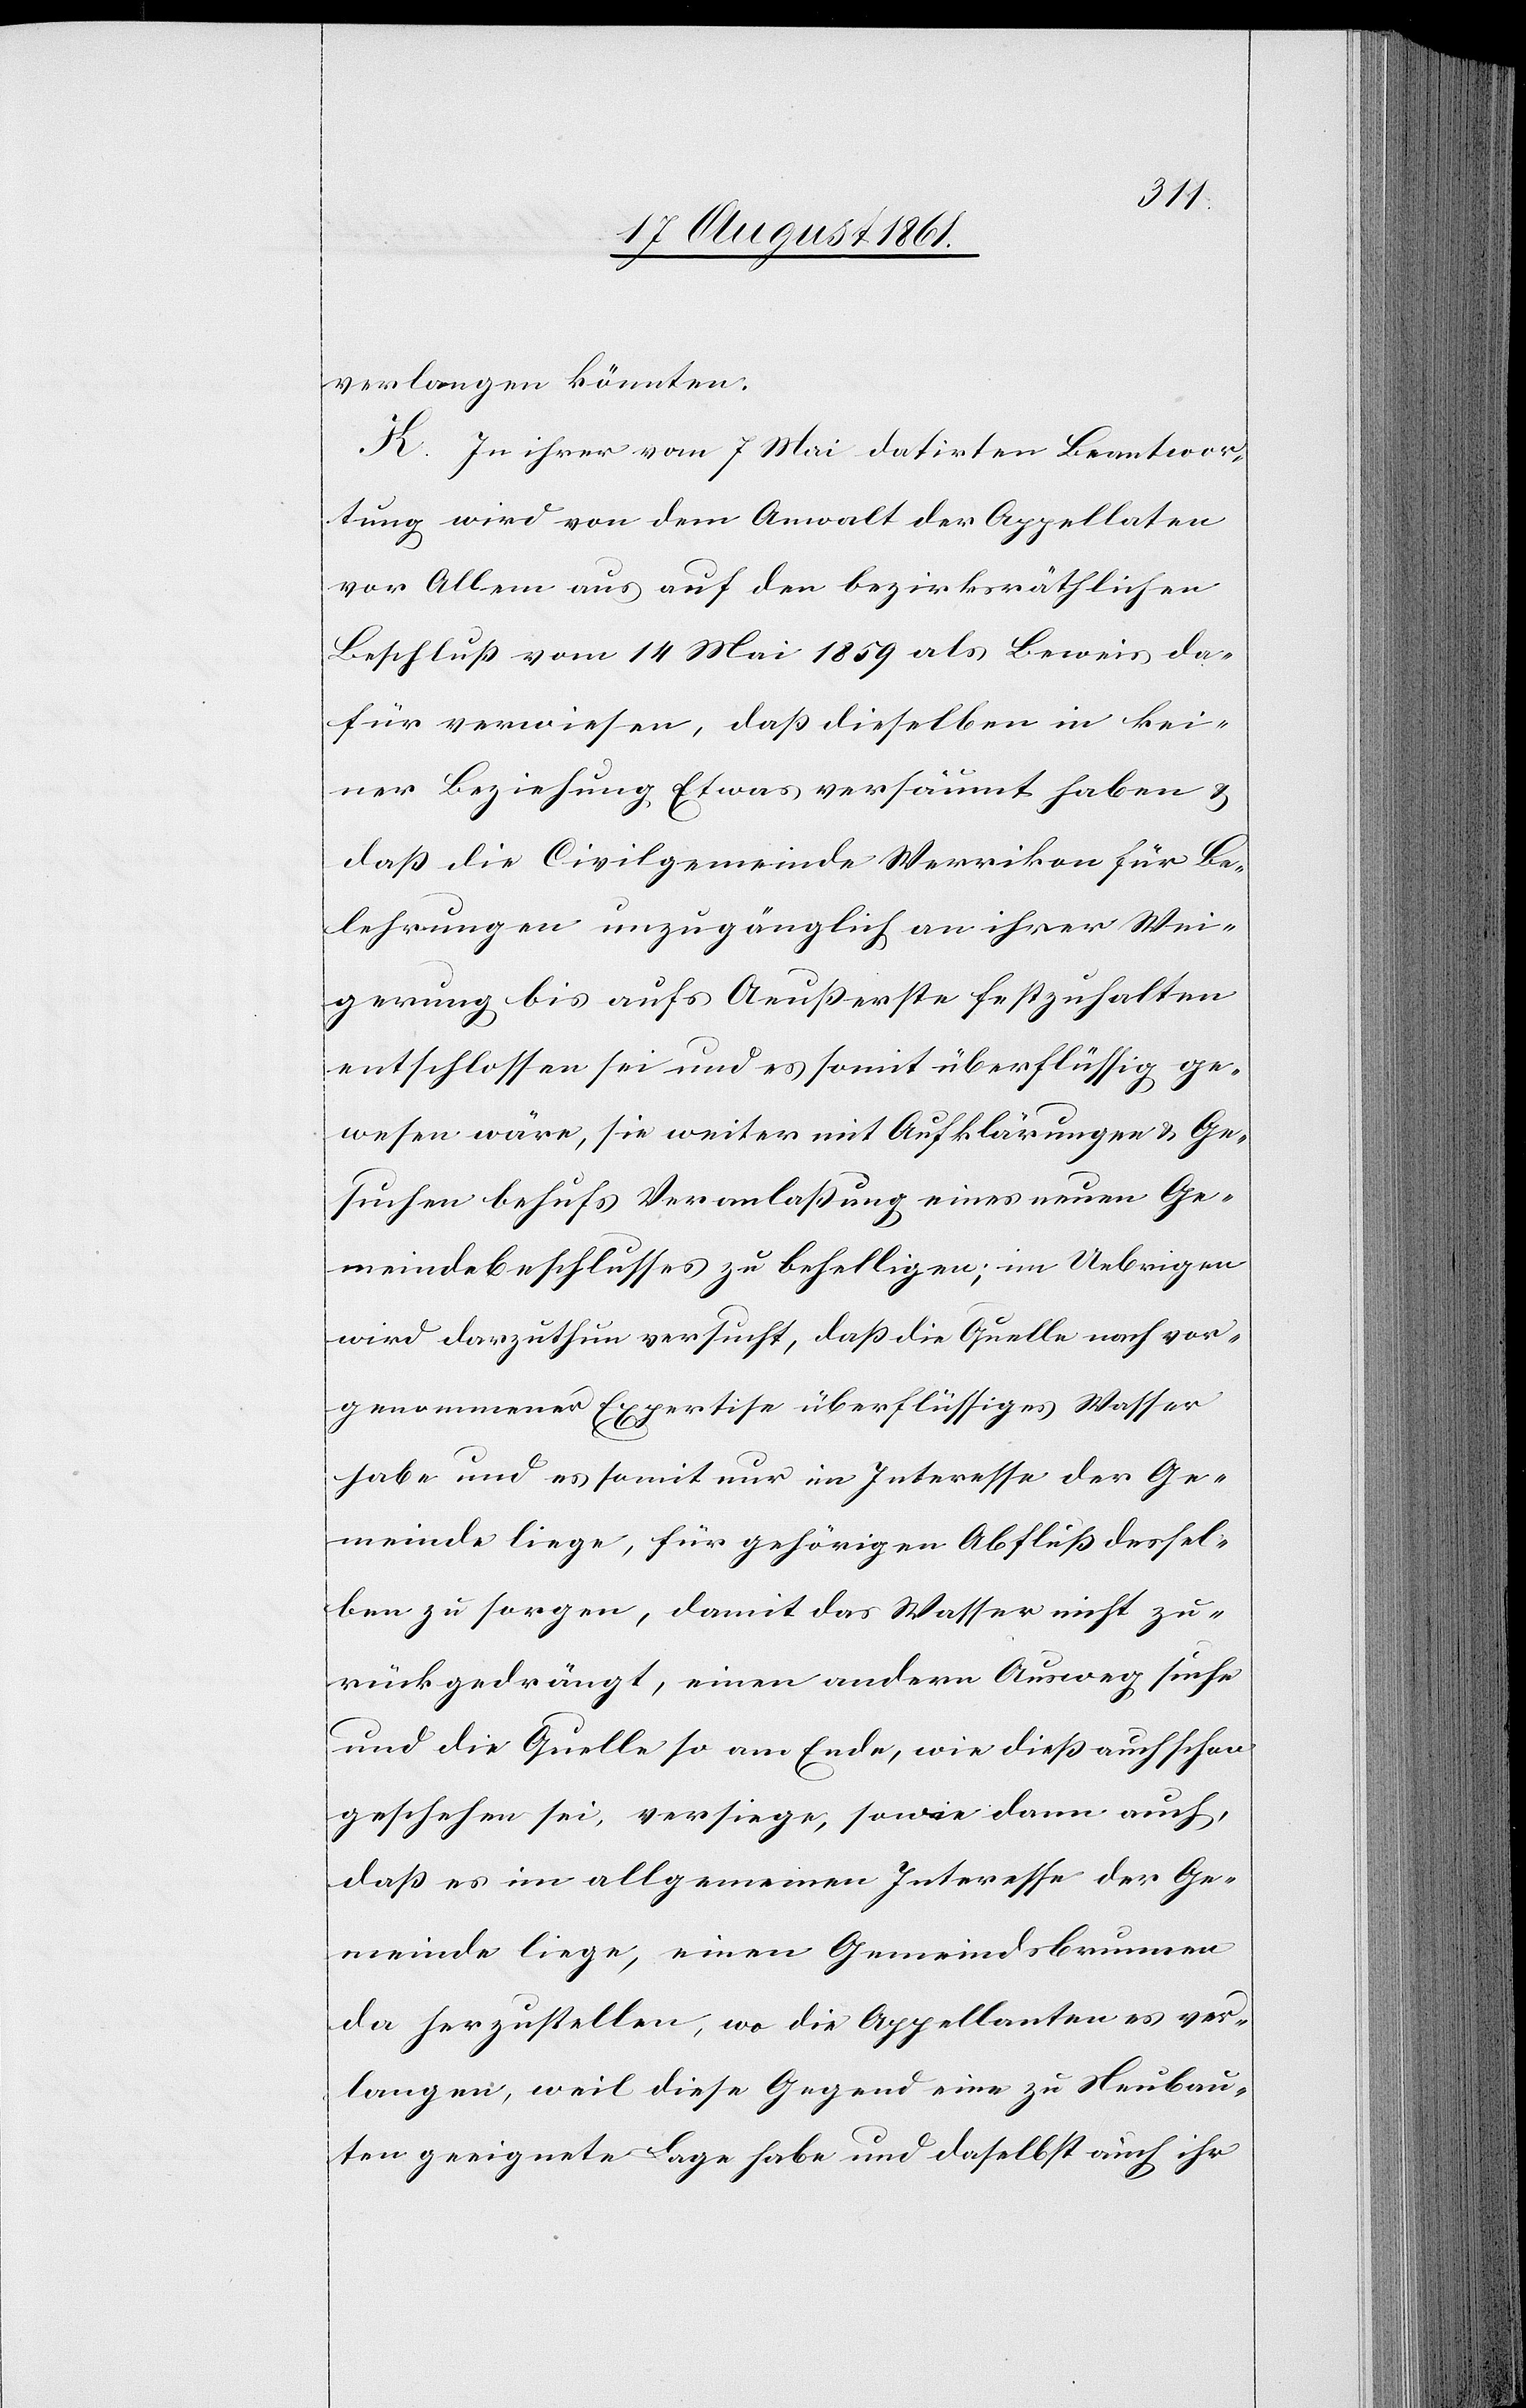
verlangen könnten.
K. In ihrer vom 7 Mai datirten Beantwor¬
tung wird von dem Anwalt der Appellaten
vor Allem aus auf den bezirksräthlichen
Beschluß vom 14 Mai 1859 als Beweis da¬
für verwiesen, daß dieselben in kei¬
ner Beziehung Etwas versäumt haben u.
daß, die Civilgemeinde Werrikon für Be¬
lehrungen unzugänglich an ihrer Wei¬
gerung bis aufs Aeußerste festzuhalten
entschlossen sei und es somit überflüssig ge¬
wesen wäre, sie weiter mit Aufklärungen u. Ge¬
suchen behufs Veranlaßung eines neuen Ge¬
meindebeschlusses zu befehligen; im Uebrigen
wird darzuthun versucht, daß die Quelle nach vor¬
Expertise überflüssiges Wasser
genommener
habe und es somit nur im Interesse der Ge¬
meinde liege, für gehörigen Abfluß dessel¬
ben zu sorgen, damit das Wasser nicht zu¬
rückgedrängt, einen andern Ausweg suche
und die Quelle so am Ende, wie dieß auch schon
geschehen sei, versiege, sowie dann auch,
daß es im allgemeinen Interesse der Ge¬
meinde liege, einen Gemeindsbrunnen
da herzustellen, wo die Appellanten es ver¬
langen, weil diese Gegend eine zu Neubau¬
ten geeignete Lage habe und daselbst auch ihr